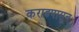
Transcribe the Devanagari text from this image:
कराडपासून